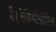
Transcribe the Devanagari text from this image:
है।रेडियोमीत्रिक